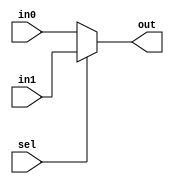
module mux2to1_1bit(out, in0, in1, sel);

   output  out;
   reg     out;
   input   in0, in1;
   input   sel;
   
   always @(in0, in1, sel)
     out = sel ? in1: in0;
endmodule